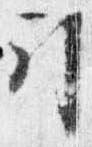
引